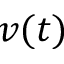
v ( t )